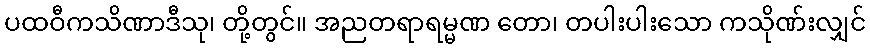
ပထဝီကသိဏာဒီသု၊ တို့တွင်။ အညတရာရမ္မဏ တော၊ တပါးပါးသော ကသိုဏ်းလျှင်